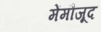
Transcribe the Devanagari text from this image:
मेंमौजूद